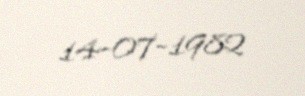
14-07-1982